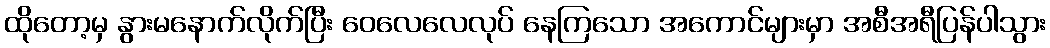
ထိုတော့မှ နွားမနောက်လိုက်ပြီး ဝေလေလေလုပ် နေကြသော အကောင်များမှာ အစီအရီပြန်ပါသွား